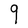
Character: q